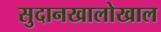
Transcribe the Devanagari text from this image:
सुदानखालोखाल